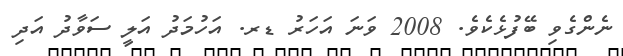
ނެންގެވި ބޭފުޅެކެވެ. 2008 ވަނަ އަހަރު ޑރ. އަހުމަދު އަލީ ސަވާދު އަދި